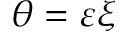
\theta = \varepsilon \xi